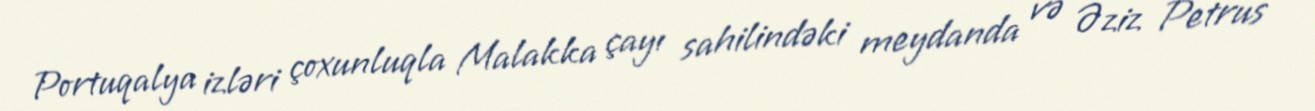
Portuqalya izləri çoxunluqla Malakka çayı sahilindəki meydanda və Əziz Petrus